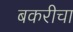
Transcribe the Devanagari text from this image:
बकरीचा